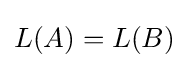
L(A)=L(B)